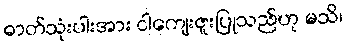
ဓာတ်သုံးပါးအား ငါကျေးဇူးပြုသည်ဟု မသိ၊